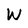
Character: W